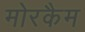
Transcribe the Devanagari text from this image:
मोरकैम